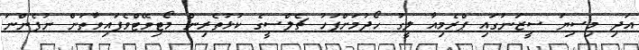
އަދި މިސިޔަ ސީޒަނުގައި ޕްރެމިއާ ލީގު ހޯދުމަށްފަހު ޗެލްސީގެ ކުޅުތެރިން މޯޓިވޭޓްވެފައިވާތަން ނުފެންނަ